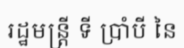
រដ្ឋមន្ត្រី ទី ប្រាំបី នៃ